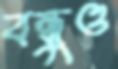
বন্ধুও